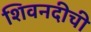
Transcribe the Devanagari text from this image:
शिवनदीची